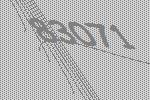
83071